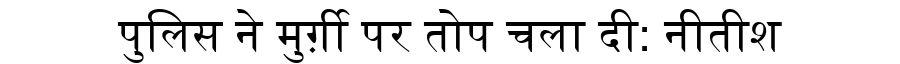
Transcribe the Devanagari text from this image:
पुलिस ने मुर्ग़ी पर तोप चला दी: नीतीश